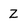
Character: Z